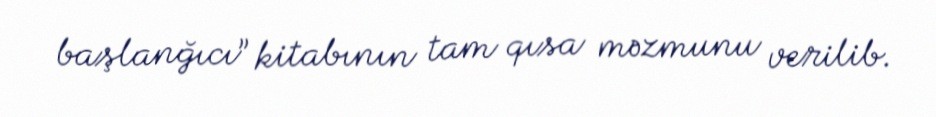
başlanğıcı” kitabının tam qısa məzmunu verilib.